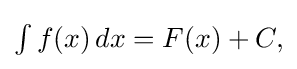
{\textstyle \int f(x)\,dx=F(x)+C,}